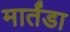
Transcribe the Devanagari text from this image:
मार्तंडा